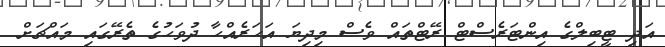
އަދި ޓީބިލްގެ އިންޓަރެސްޓް ރޭޓްތައް ވެސް މިދިޔަ އަހަރެއްހާ ދުވަހުގެ ތެރޭގައި މައްޗަށް